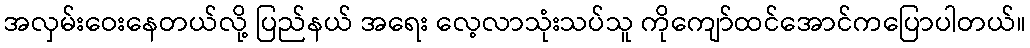
အလှမ်းဝေးနေတယ်လို့ ပြည်နယ် အရေး လေ့လာသုံးသပ်သူ ကိုကျော်ထင်အောင်ကပြောပါတယ်။